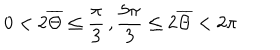
LaTeX: 0 < 2 \overline { { \Theta } } \leq \frac { \pi } { 3 } \, , \frac { 5 \pi } { 3 } \leq 2 \overline { { \Theta } } < 2 \pi